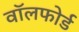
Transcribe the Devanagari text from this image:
वॉलफोर्ड